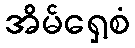
အိမ်ရှေ့စံ